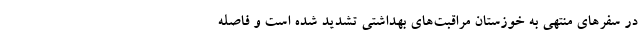
در سفر‌های منتهی به خوزستان مراقبت‌های بهداشتی تشدید شده است و فاصله